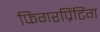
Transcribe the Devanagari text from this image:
फिंगरप्रिंटिंग